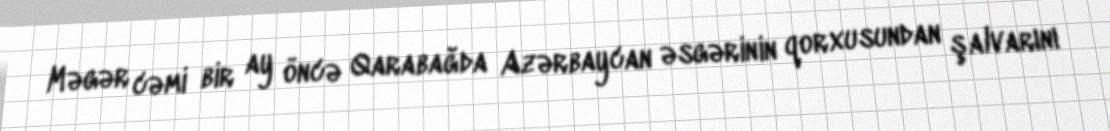
Məgər cəmi bir ay öncə Qarabağda Azərbaycan əsgərinin qorxusundan şalvarını